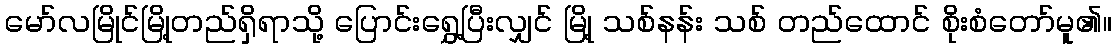
မော်လမြိုင်မြို့တည်ရှိရာသို့ ပြောင်းရွှေ့ပြီးလျှင် မြို့ သစ်နန်း သစ် တည်ထောင် စိုးစံတော်မူ၏။